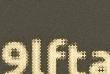
9lfta